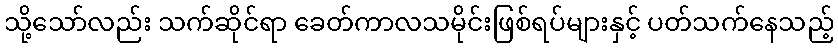
သို့သော်လည်း သက်ဆိုင်ရာ ခေတ်ကာလသမိုင်းဖြစ်ရပ်များနှင့် ပတ်သက်နေသည့်